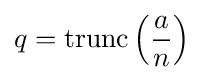
q=\operatorname {trunc} \left({\frac {a}{n}}\right)